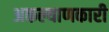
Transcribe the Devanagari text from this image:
अकल्याणकारी